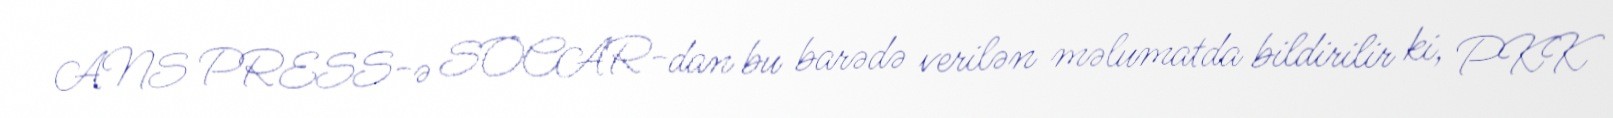
ANS PRESS-ə SOCAR-dan bu barədə verilən məlumatda bildirilir ki, PKK